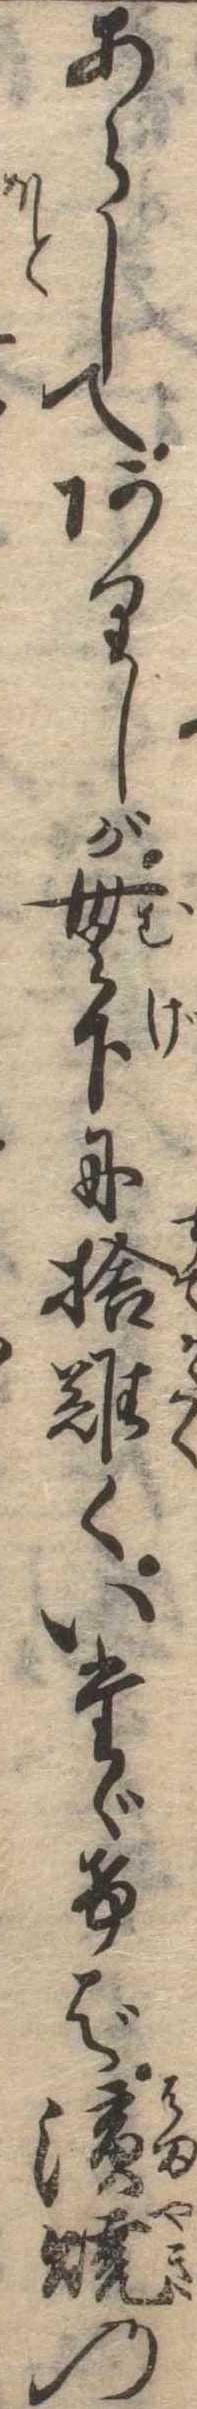
あらしてありしが無下に捨難くいたゞけば浜焼の